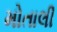
મોતાલી